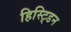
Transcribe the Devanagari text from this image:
हिस्ट्डिन